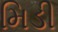
મિડી